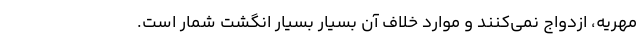
مهریه، ازدواج نمی‌کنند و موارد خلاف آن بسیار بسیار انگشت شمار است.